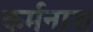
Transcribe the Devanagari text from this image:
कर्मनाश